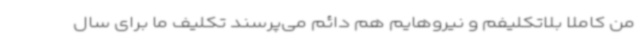
من کاملاً بلاتکلیفم و نیروهایم هم دائم می‌پرسند تکلیف ما برای سال